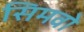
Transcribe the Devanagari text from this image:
सिमवो